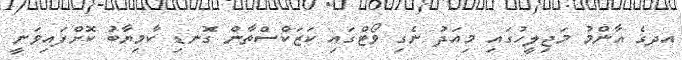
އދގެ އާންމު މަޖިލީހުގައި މިއަދު ނެގި ވޯޓްގައި ކަޒަކްސްތާން ގޮނޑި ކާމިޔާބު ކޮށްފައިވަނީ